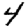
Digit: 4